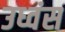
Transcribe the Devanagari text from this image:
उध्वंस